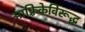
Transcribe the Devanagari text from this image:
आफ़्रिकेविरूद्ध